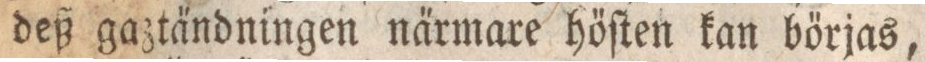
deß gazt a̋ndningen na̋rmare hőſten kan bőrjas,